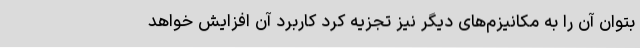
بتوان آن را به مکانیزم‌های دیگر نیز تجزیه کرد کاربرد آن افزایش خواهد